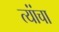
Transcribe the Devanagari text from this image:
त्यांंचा